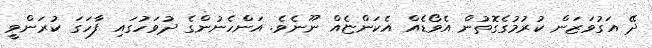
ދޭ އަގުވަޒަން ކުރުމުގެގޮތުން އެވޯޑެއް އެކަންޏެއް ނޫނެވެ. އަންހެނުންގެ ދުވަހުގައި ފާހަގަ ކުރަންވީ